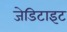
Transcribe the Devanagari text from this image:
जेडिटाइट